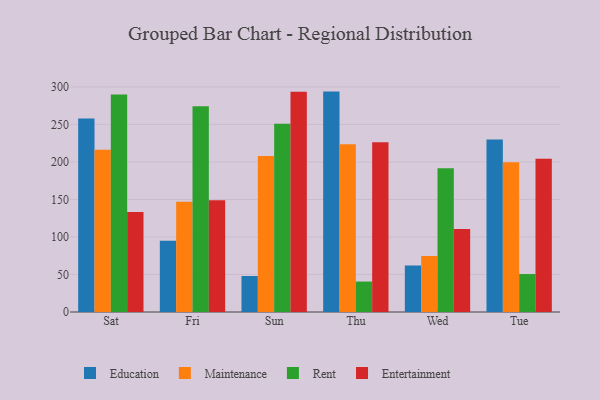
{"axis": {"x": "Day", "y": "Net Income (USD K)"}, "legend": ["Education", "Entertainment", "Maintenance", "Rent"], "data": [{"x": "Sat", "y": 257.9, "type": "Education"}, {"x": "Sat", "y": 216.4, "type": "Maintenance"}, {"x": "Sat", "y": 290.1, "type": "Rent"}, {"x": "Sat", "y": 133.4, "type": "Entertainment"}, {"x": "Fri", "y": 94.9, "type": "Education"}, {"x": "Fri", "y": 146.9, "type": "Maintenance"}, {"x": "Fri", "y": 274.3, "type": "Rent"}, {"x": "Fri", "y": 148.9, "type": "Entertainment"}, {"x": "Sun", "y": 48.0, "type": "Education"}, {"x": "Sun", "y": 208.0, "type": "Maintenance"}, {"x": "Sun", "y": 250.9, "type": "Rent"}, {"x": "Sun", "y": 293.5, "type": "Entertainment"}, {"x": "Thu", "y": 293.8, "type": "Education"}, {"x": "Thu", "y": 223.6, "type": "Maintenance"}, {"x": "Thu", "y": 40.6, "type": "Rent"}, {"x": "Thu", "y": 226.2, "type": "Entertainment"}, {"x": "Wed", "y": 62.0, "type": "Education"}, {"x": "Wed", "y": 74.6, "type": "Maintenance"}, {"x": "Wed", "y": 191.7, "type": "Rent"}, {"x": "Wed", "y": 110.8, "type": "Entertainment"}, {"x": "Tue", "y": 230.1, "type": "Education"}, {"x": "Tue", "y": 199.7, "type": "Maintenance"}, {"x": "Tue", "y": 50.6, "type": "Rent"}, {"x": "Tue", "y": 204.4, "type": "Entertainment"}]}